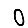
Digit: 0